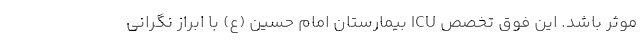
موثر باشد. این فوق تخصص ICU بیمارستان امام حسین (ع) با ابراز نگرانی